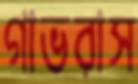
গাভরাস